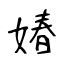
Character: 媋